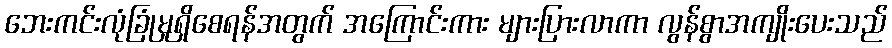
ဘေးကင်းလုံခြုံမှုရှိစေရန်အတွက် အကြောင်းကား များပြားလာကာ လွန်စွာအကျိုးပေးသည်